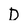
Character: D